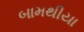
બામથીયા